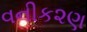
વનીક૨ણ